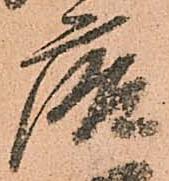
唐